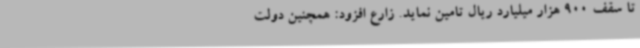
تا سقف 900 هزار میلیارد ریال تامین نماید. زارع افزود: همچنین دولت